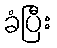
ခံပြီး